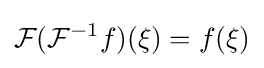
{\mathcal {F}}({\mathcal {F}}^{-1}f)(\xi )=f(\xi )